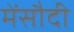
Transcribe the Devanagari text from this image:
मेंसौदी